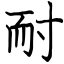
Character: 耐